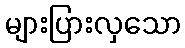
များပြားလှသော